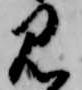
見